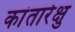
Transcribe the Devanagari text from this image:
कांतारेक्षु